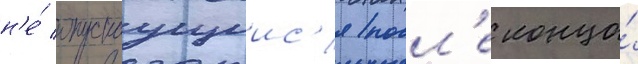
н'е́ опускаущиис'я посл'е конца́